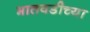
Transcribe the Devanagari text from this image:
भातवडीच्या